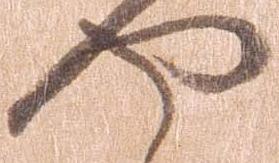
や